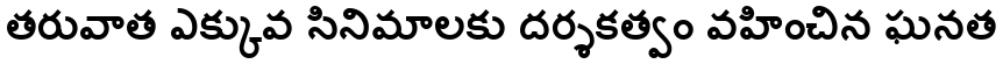
తరువాత ఎక్కువ సినిమాలకు దర్శకత్వం వహించిన ఘనత